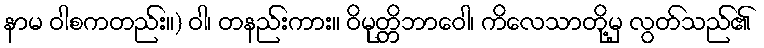
နာမ ဝါစကတည်း။) ဝါ၊ တနည်းကား။ ဝိမုတ္တိဘာဝေါ၊ ကိလေသာတို့မှ လွတ်သည်၏